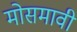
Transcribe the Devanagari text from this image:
मोसमावी